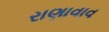
રાણાવાવ